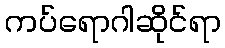
ကပ်ရောဂါဆိုင်ရာ